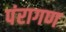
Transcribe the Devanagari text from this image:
पंरागण